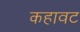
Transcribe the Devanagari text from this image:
कहावट